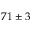
- 7 1 \pm 3